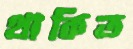
থাকিত